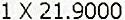
1 X 21.9000